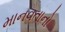
માનવતાનો